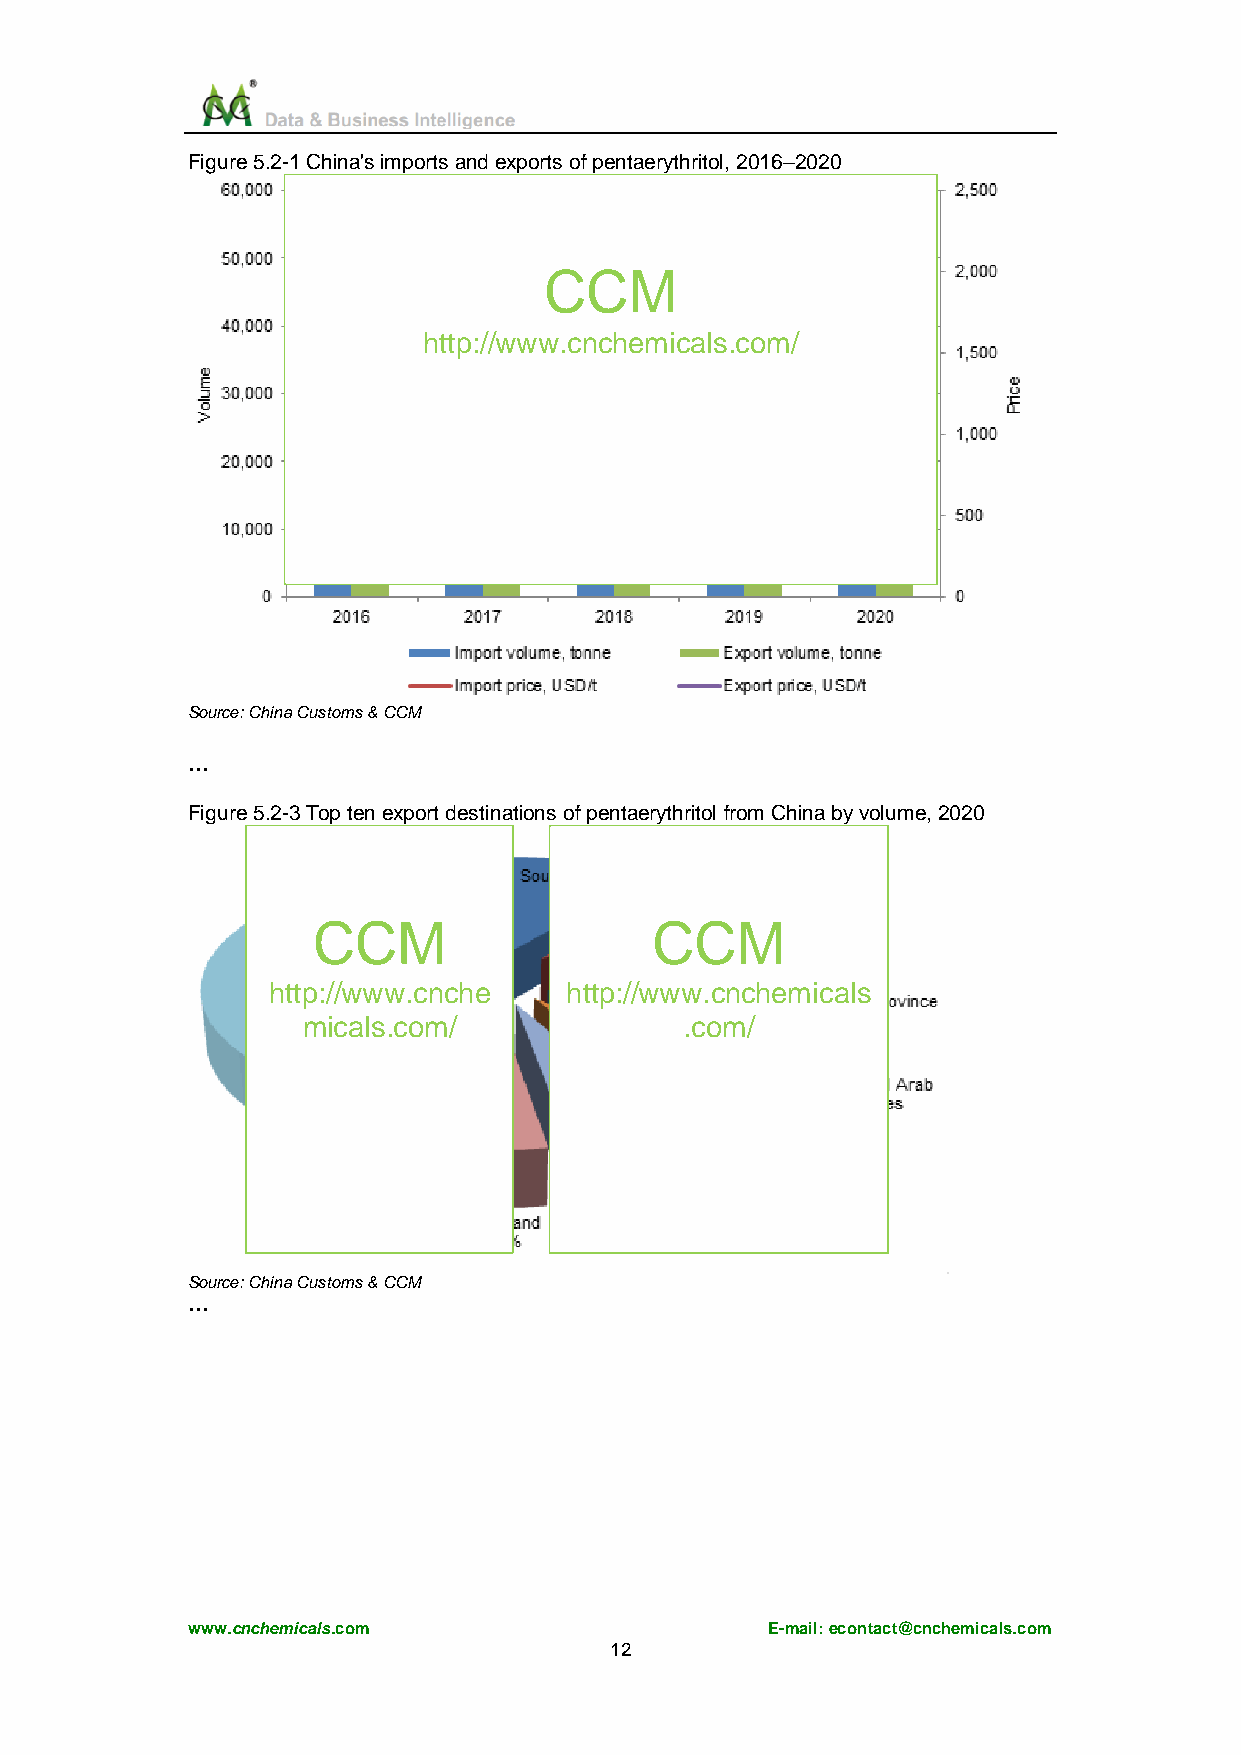
Figure 5.2-1 China's imports and exports of pentaerythritol, 2016–2020
 CCM
 http://www.cnchemicals.com/
 Source: China Customs & CCM
 …
 Figure 5.2-3 Top ten export destinations of pentaerythritol from China by volume, 2020
 CCM                   CCM
 http://www.cnche   http://www.cnchemicals
 micals.com/              .com/
 Source: China Customs & CCM
 …
 www.cnchemicals.com                    E-mail: econtact@cnchemicals.com
 12